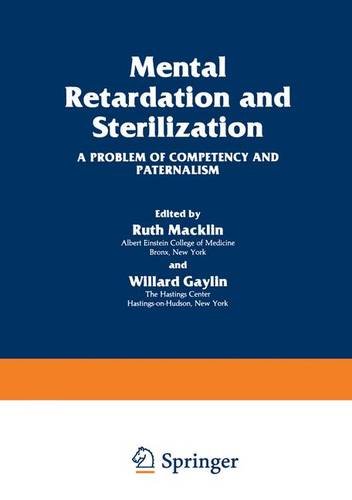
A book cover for Mental Retardation and Sterilization: A Problem of Competency and Paternalism (The Hastings Center Series in Ethics); Ruth Macklin; Medical Books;